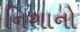
નિશાનો